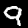
Label: 9